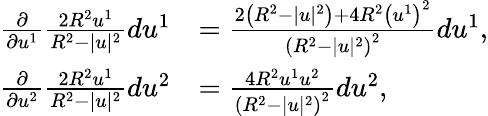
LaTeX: {\begin{array}{rl}{{\frac{\partial}{\partial u^{1}}}{\frac{2R^{2}u^{1}}{R^{2}-|u|^{2}}}du^{1}}&{={\frac{2\left(R^{2}-|u|^{2}\right)+4R^{2}\left(u^{1}\right)^{2}}{\left(R^{2}-|u|^{2}\right)^{2}}}du^{1},}\\ {{\frac{\partial}{\partial u^{2}}}{\frac{2R^{2}u^{1}}{R^{2}-|u|^{2}}}du^{2}}&{={\frac{4R^{2}u^{1}u^{2}}{\left(R^{2}-|u|^{2}\right)^{2}}}du^{2},}\end{array}}